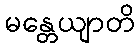
မန္တေယျာတိ